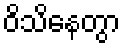
ဝိသိနေတွာ